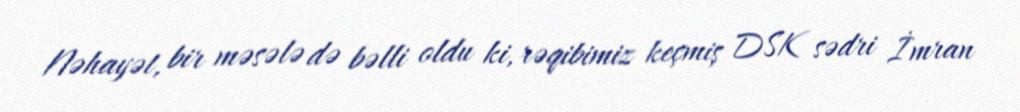
Nəhayət, bir məsələ də bəlli oldu ki, rəqibimiz keçmiş DSK sədri İmran